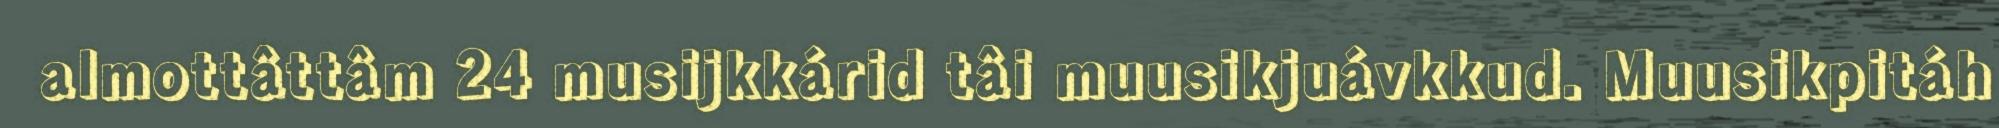
almottâttâm 24 musijkkárid tâi muusikjuávkkud. Muusikpitáh